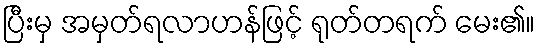
ပြီးမှ အမှတ်ရလာဟန်ဖြင့် ရုတ်တရက် မေး၏။